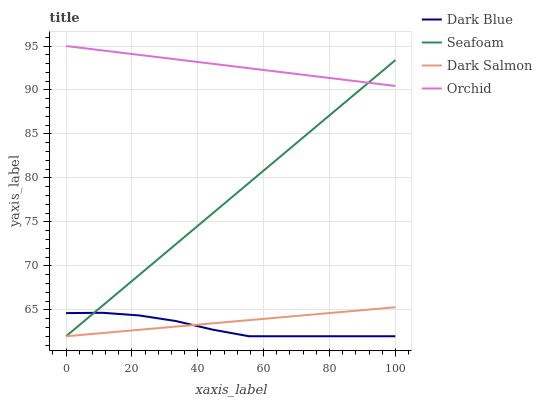
| xaxis_label | Dark Blue | Seafoam | Dark Salmon | Orchid |
 | --- | --- | --- | --- | --- |
 | 0 | 64.6 | 62 | 62 | 95 |
 | 11.1 | 64.7 | 65.5 | 62.4 | 94.5 |
 | 22.2 | 64.4 | 69 | 62.7 | 94 |
 | 33.3 | 63.7 | 72.5 | 63.1 | 93.5 |
 | 44.4 | 62.8 | 76 | 63.5 | 93 |
 | 55.6 | 62 | 79.4 | 63.8 | 92.5 |
 | 66.7 | 62 | 82.9 | 64.2 | 92 |
 | 77.8 | 62 | 86.4 | 64.6 | 91.5 |
 | 88.9 | 62 | 89.9 | 64.9 | 91 |
 | 100 | 62 | 93.4 | 65.3 | 90.5 |